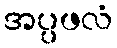
အပ္ပဖလံ